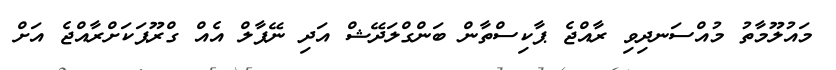
މައުލޫމާތު މުއްސަނދިވި ރާއްޖެ ޕާކިސްތާން ބަންގްލަދޭޝް އަދި ނޭޕާލް އެއް ގްރޫޕަކަށްރާއްޖެ އަށް